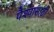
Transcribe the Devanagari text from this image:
पैश्यासाठी